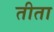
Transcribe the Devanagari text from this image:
तीता